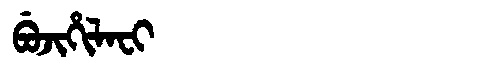
Manchu: ᠪᡠᠵᡳᡥᡳᠯᠠᠸᡳ
Romanization: BUJIHILAFI